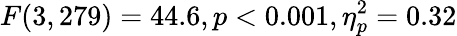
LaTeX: F(3,279)=44.6,p<0.001,\eta_{p}^{2}=0.32